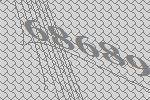
68689